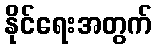
နိုင်ရေးအတွက်